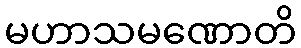
မဟာသမဏောတိ